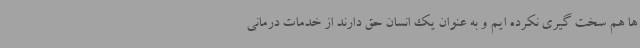
ها هم سخت گیری نکرده ایم و به عنوان یک انسان حق دارند از خدمات درمانی